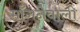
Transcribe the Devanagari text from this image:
माँगनेवाली